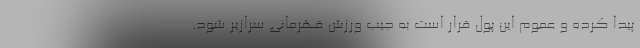
پیدا کرده و عموم این پول قرار است به جیب ورزش قهرمانی سرازیر شود.